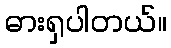
ဓားရှပါတယ်။